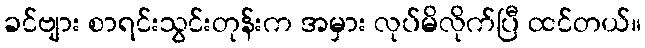
ခင်ဗျား စာရင်းသွင်းတုန်းက အမှား လုပ်မိလိုက်ပြီ ထင်တယ်။